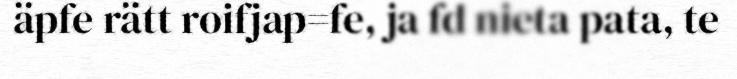
äpfe rätt roifjap=fe, ja fd nieta pata, te